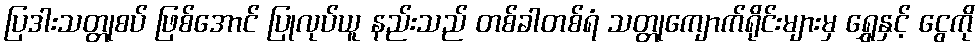
ပြဒါးသတ္တုစပ် ဖြစ်အောင် ပြုလုပ်ယူ နည်းသည် တစ်ခါတစ်ရံ သတ္တုကျောက်ရိုင်းများမှ ရွှေနှင့် ငွေကို